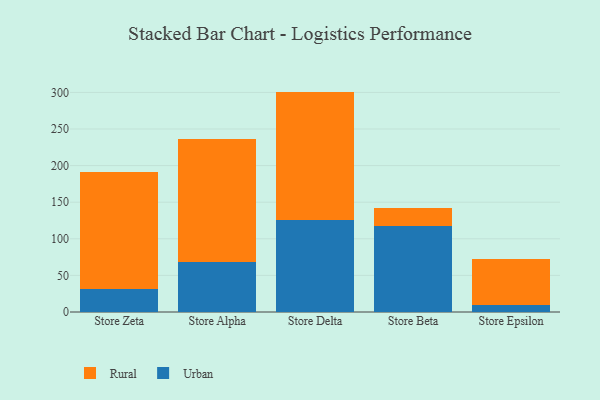
{"axis": {"x": "Store", "y": "Satisfaction Score"}, "legend": ["Rural", "Urban"], "data": [{"x": "Store Zeta", "y": 31.4, "type": "Urban"}, {"x": "Store Zeta", "y": 159.7, "type": "Rural"}, {"x": "Store Alpha", "y": 68.7, "type": "Urban"}, {"x": "Store Alpha", "y": 167.1, "type": "Rural"}, {"x": "Store Delta", "y": 125.8, "type": "Urban"}, {"x": "Store Delta", "y": 175.3, "type": "Rural"}, {"x": "Store Beta", "y": 117.6, "type": "Urban"}, {"x": "Store Beta", "y": 24.0, "type": "Rural"}, {"x": "Store Epsilon", "y": 10.0, "type": "Urban"}, {"x": "Store Epsilon", "y": 62.6, "type": "Rural"}]}